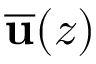
\overline { { { \bf { u } } } } ( z )